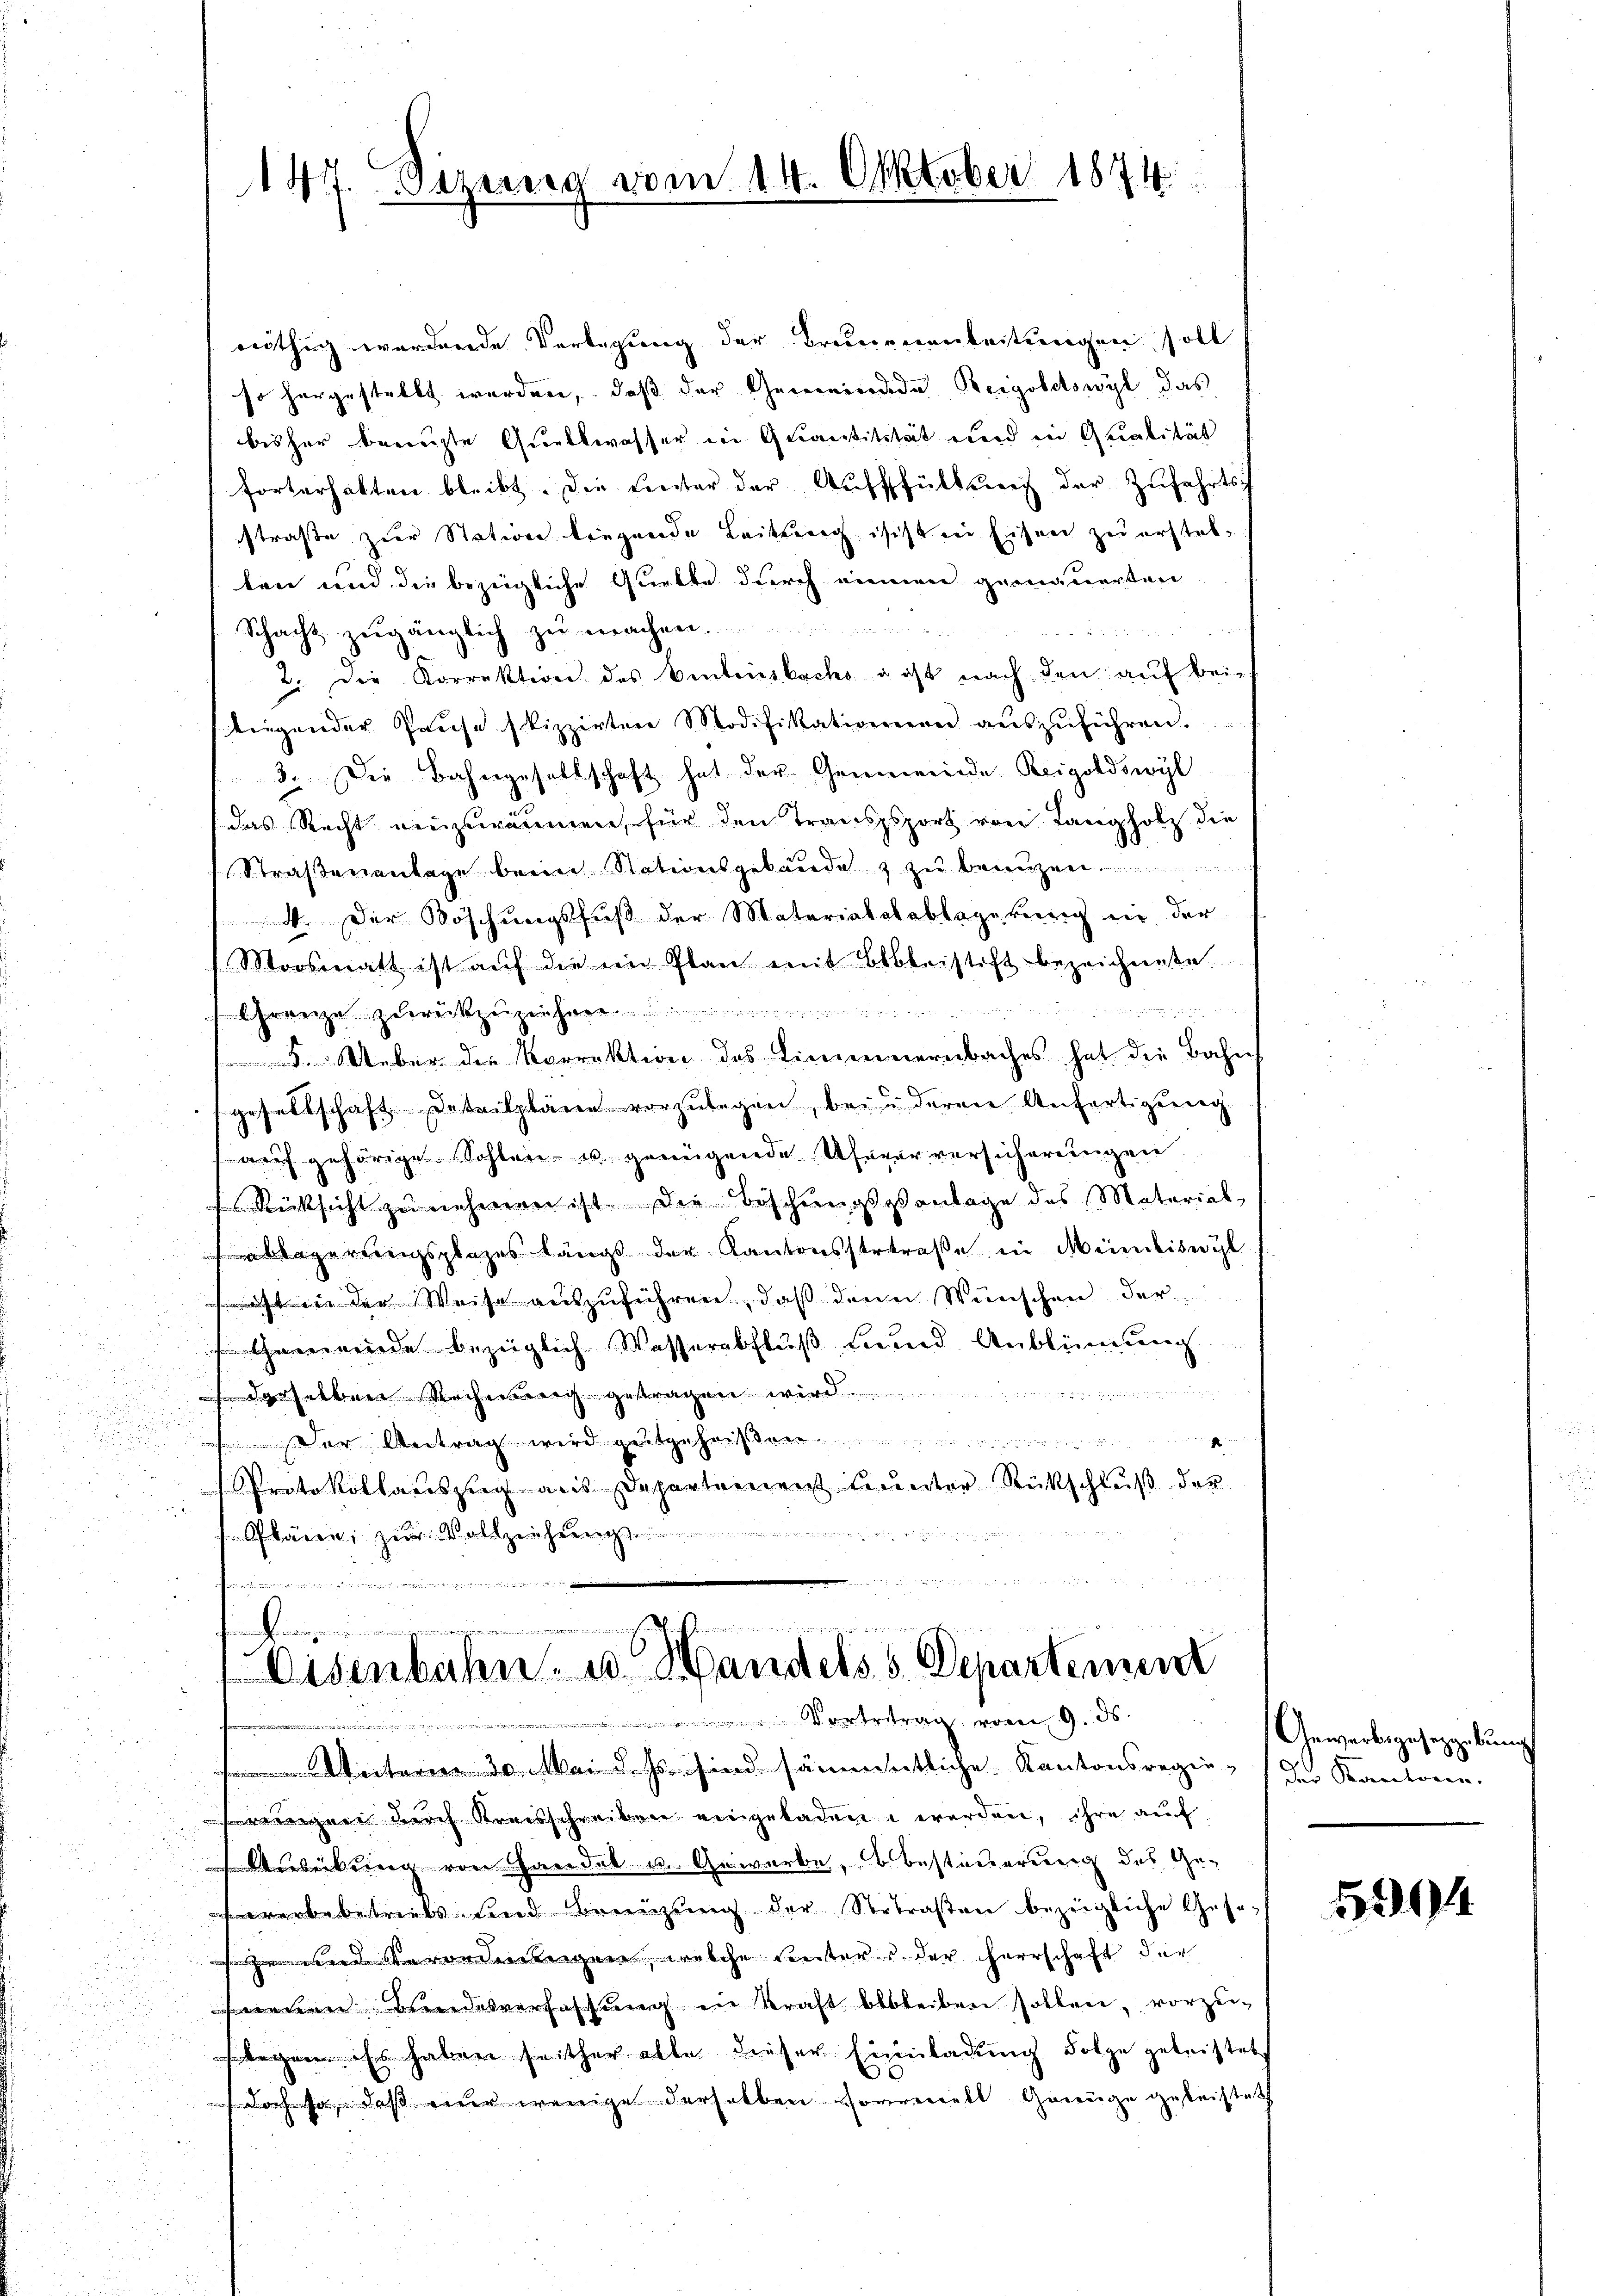
147. Dezem

e

Oktober 1874.

rüthig werdende Verlegung der Bruneearbeitungen soll
so hergestellt werden, daß der Gemeindeden Reigoldtswyl das
bisher bemuste Quellwasser in Quantilität und in Qualität
forterhalten bleibt. Die Einter der Aŭfffüllung der Zŭfahrts
straße zur Station liegende Leitung isst in Eisen zu erstelten und die bezügliche Quelle durch einen gemauerten
Schacht zugänglich zŭ machen.
u
2. Die Korrektion des Bentensbachs u oft nach den auf bei
tiegender Pause skizzierten Modifikationen aŭszŭführen.
3.. Die Bahngesellschaft hat der Gemeinde Reigoldswyl
das Recht einzuräumen, für den Transpsport von Langholz die
Straßenantage beim Stationsgebäude & zu benuzen
4. Der Böschungsfuß der Materialabablagerung in der
Moosmatt ist aŭf die im Plan mit Bebleistift bezeichnete.
eze

. Ueber die Korrektion des Liniennernbaches hat die Bahn
gesellschaft. Detailpläne vorzulegen, bei u deren Anfertigung
auf gehörige Sohlen- u. genügende Uferer versicherungen
s Rücksicht zu nehmen ist. Die Beschungspontage des Material
ablagerungsplazes längs der Kantonsstretraße in Mündiswyl
ast in der Weise auszuführen, daß denn Wünschen der
Gemeinde bezüglich Wasserabfluß und Anblinnung
:
 derselben Rechnung gestragen wird
u
Der Antrag wird gutgehen
Protokollauszug aus Departement unter Rückschluß der

bären, zur Vollziehung
.
e
i in ein einer in einenten einen den in einen über in der
.
in angenommen.

Disenbahn- u. Handels Departement

Vortrag vom 9. ds.
 3ten dessen sind sämmtliche Kantonsregie. Ich Kantone.
wegen durch Kreisschreiben eingeladen werden, ihre auf
se Anleitung von Handel u. Gewerbe, Besteuerung des Ge-
werbebetreits und Brenzung der Vertraßen bezügliche Gese
ozen werde serordenteigen, welche Seiters der Herrschaft der
nenen Bundesverfassŭng in Kraft bleiben sollen, vorzu-
wegen. Es haben seither alle dieser Einladung Folge geleistet
doch ja, daß einer wenige derselben sommenell Genüge geleistet

Gewerbsgesetzgebung

594